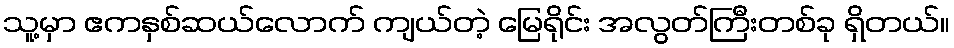
သူ့မှာ ဧကနှစ်ဆယ်လောက် ကျယ်တဲ့ မြေရိုင်း အလွတ်ကြီးတစ်ခု ရှိတယ်။